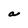
Character: a